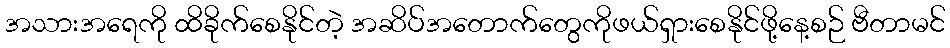
အသားအရေကို ထိခိုက်စေနိုင်တဲ့ အဆိပ်အတောက်တွေကိုဖယ်ရှားစေနိုင်ဖို့နေ့စဉ် ဗီတာမင်